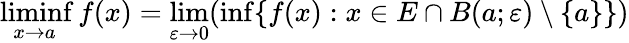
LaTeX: \operatorname*{liminf}_{x\to a}f(x)=\operatorname*{lim}_{\varepsilon\to 0}(\operatorname*{inf}\{ f(x):x\in E\cap B(a;\varepsilon)\setminus\{ a\} \} )